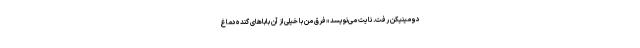
دومینیکن رفت. نایت می‌نویسد «فرق من با خیلی از آن باباهای گَنده‌دماغ